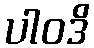
ပါဝဒိ